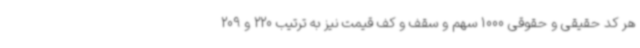
هر کد حقیقی و حقوقی 1000 سهم و سقف و کف قیمت نیز به ترتیب 220 و 209